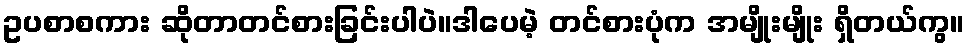
ဥပစာစကား ဆိုတာတင်စားခြင်းပါပဲ။ဒါပေမဲ့ တင်စားပုံက အမျိုးမျိုး ရှိတယ်ကွ။